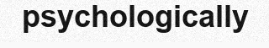
psychologically